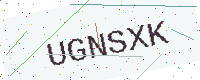
Text: UGNSXK